38_143685_box_Incident_Summaries_173-233
Agency: Department of War
Page 4
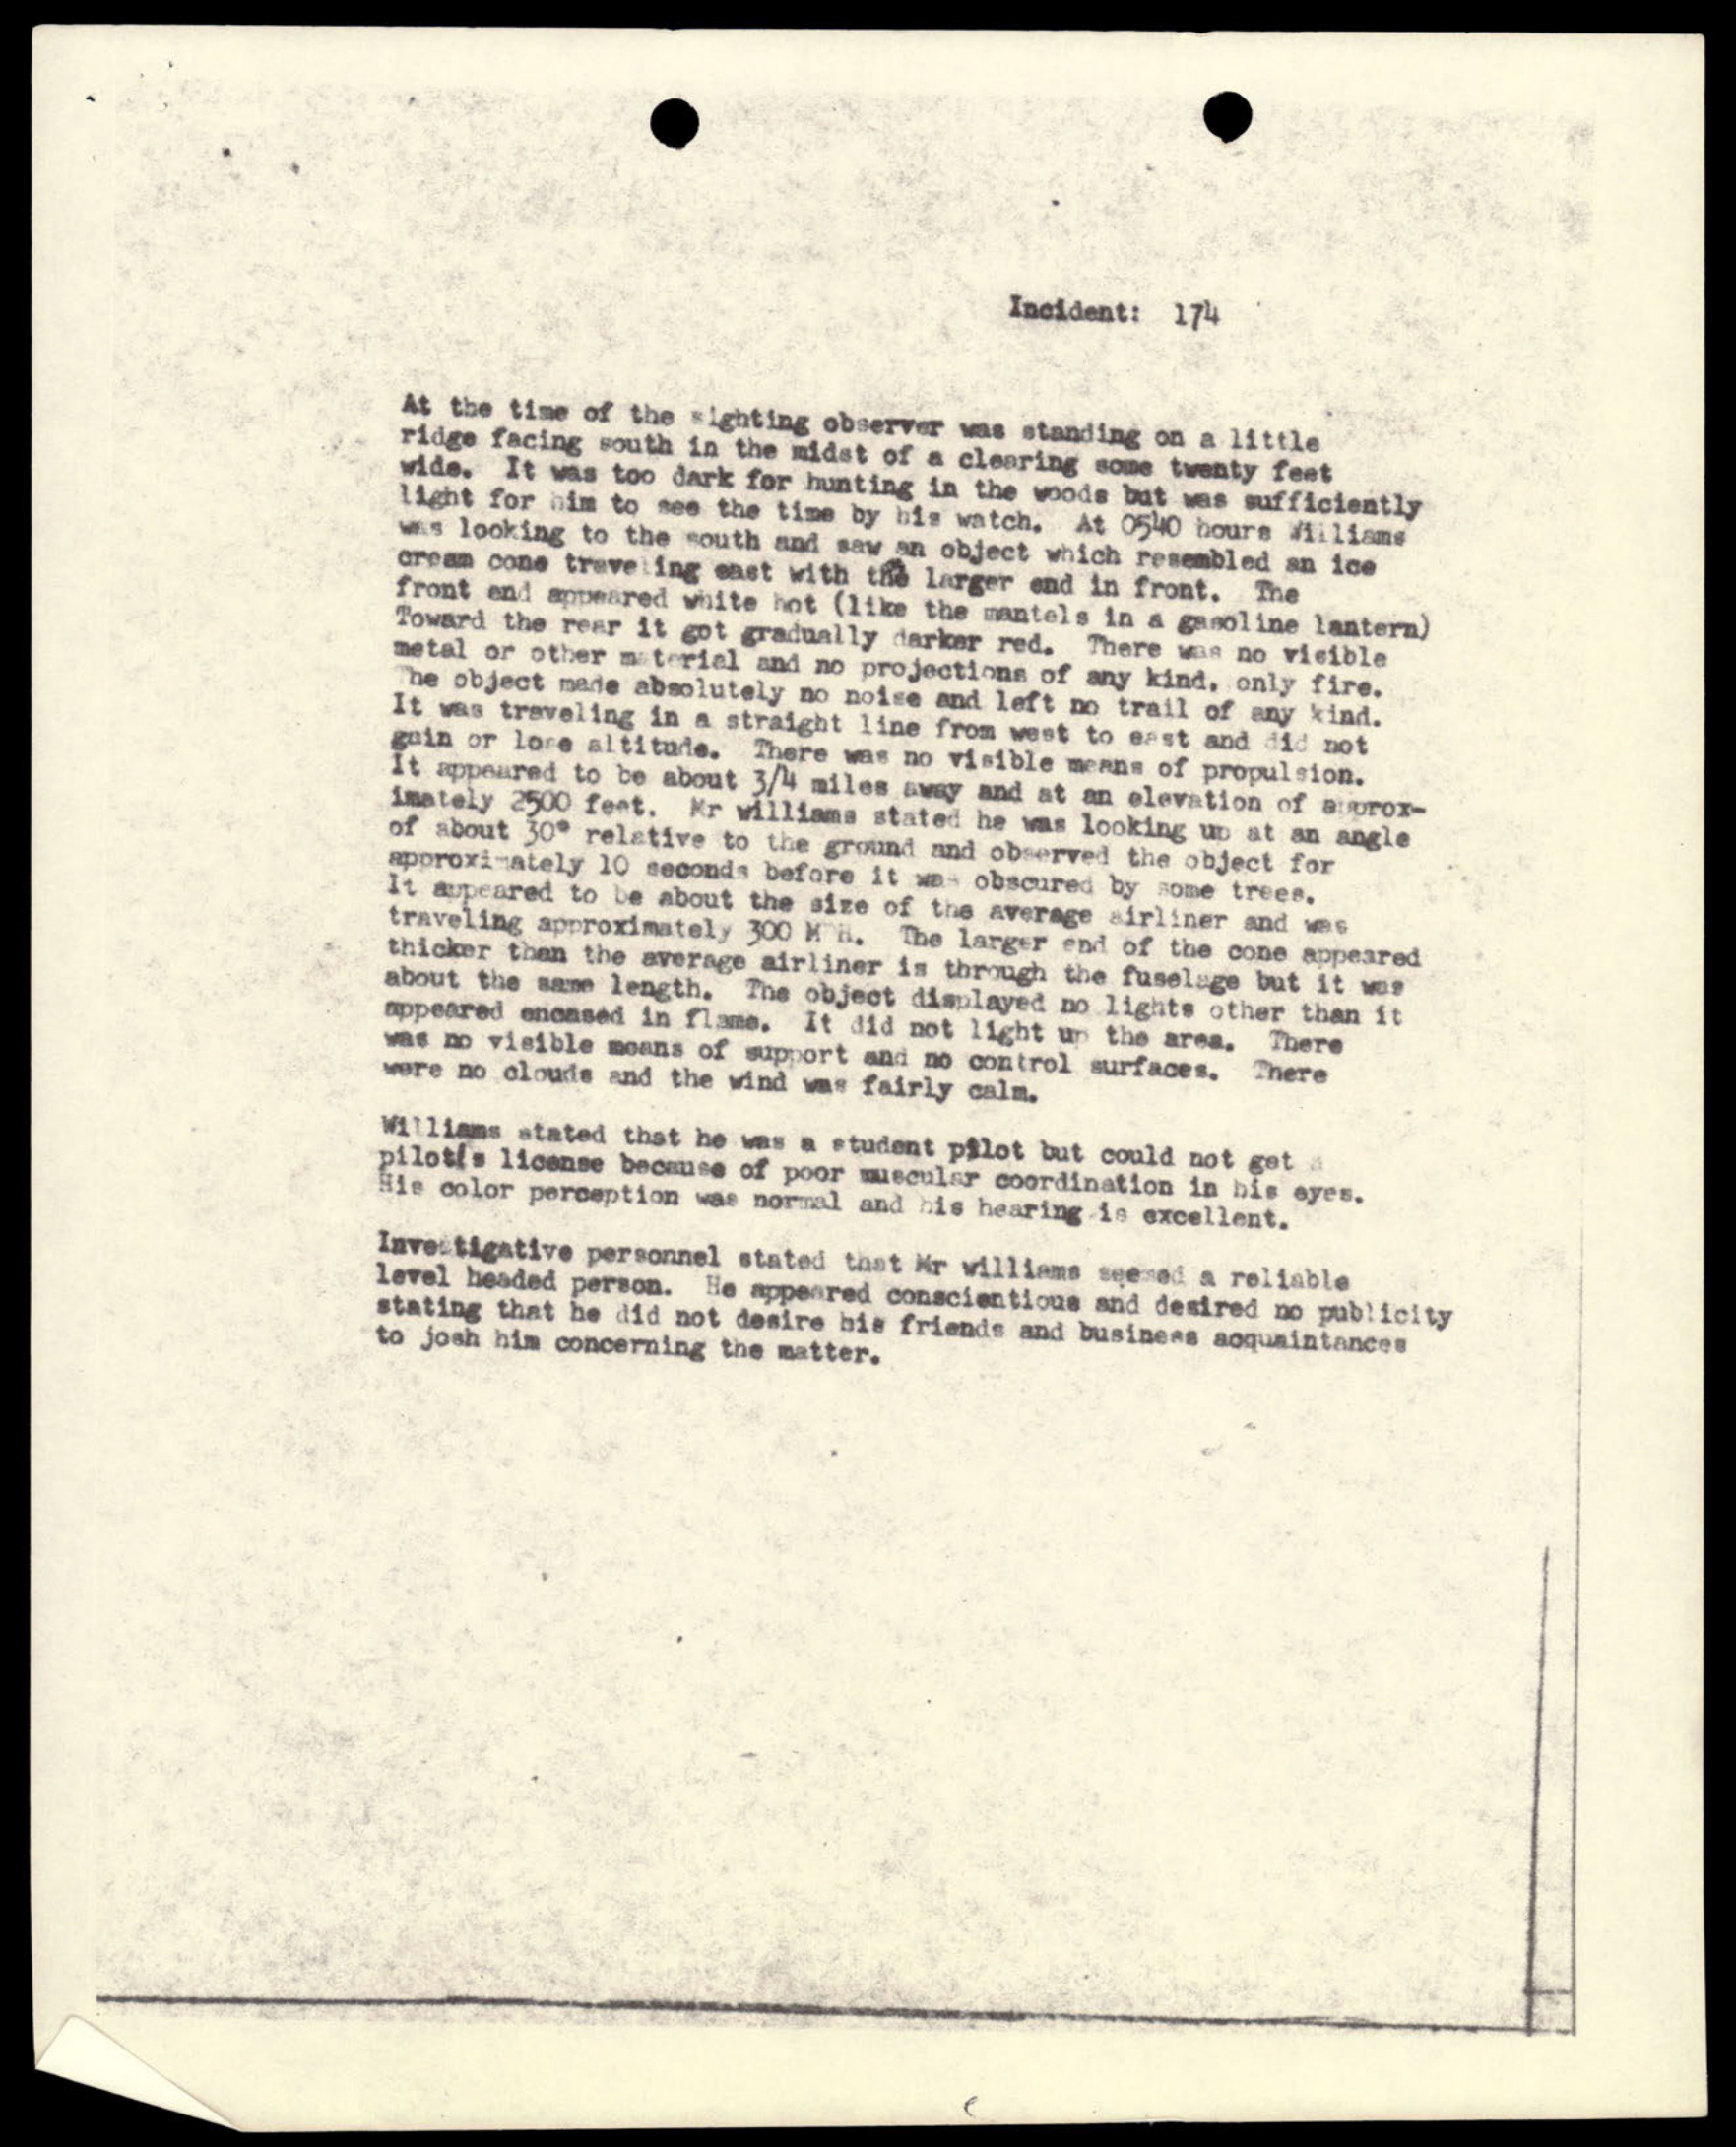